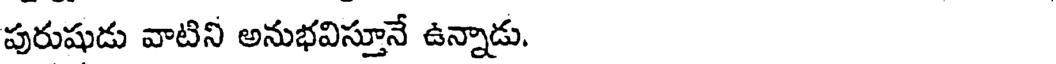
పురుషుడు వాటిని అనుభవిస్తూనే ఉన్నాడు.